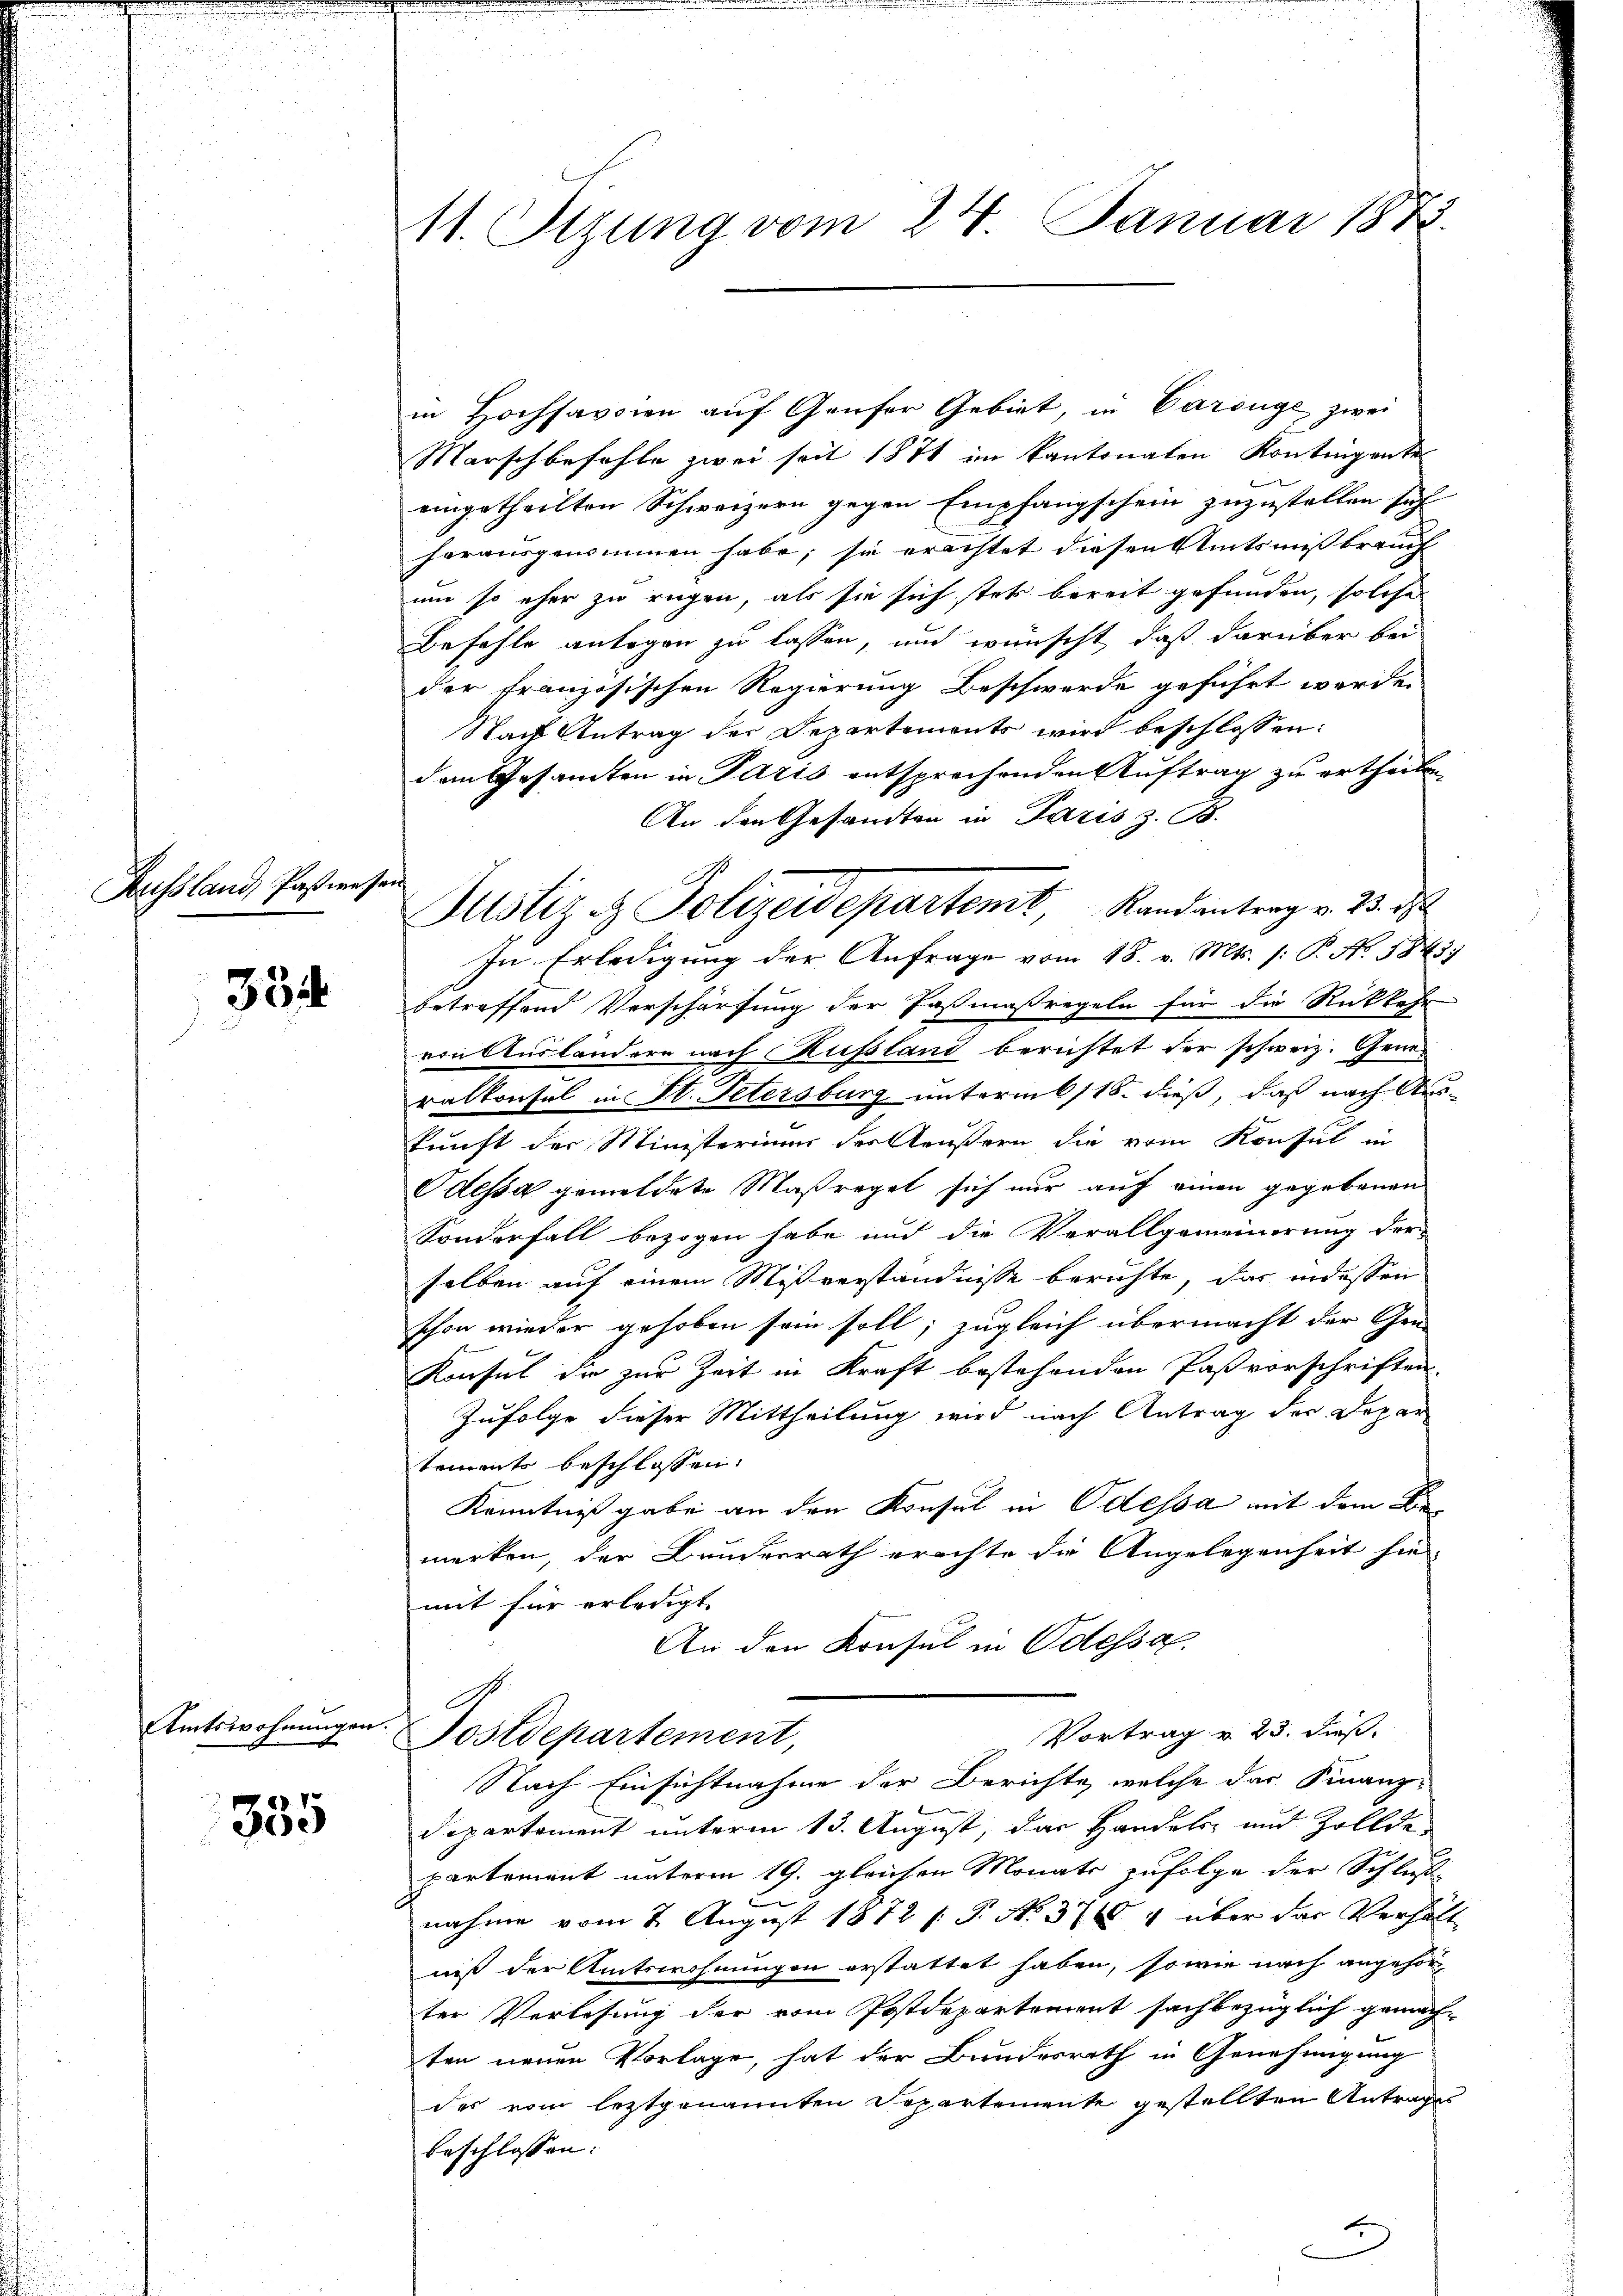
Aussland, Pasteresen

334

Amtswohnungen

335

11. Sezung vom 24. Januar 1873.

Justiz & Polizeidepartemt, Randantrag v. 23. d

in Hochsavoien auf Genfer Gebiet, in Carsüge zwei
Marschbefohle zwei seit 1871 im Kantonalen Kontingente
eingetheilten Schweizern gegen Empfangschein zuzustellen sich
herausgenommen habe; sie erachtet diesen Amtsmissbrauch
um so eher zu regen, als sie sich stets bereit gefunden, solche
Befehle anlagen zu lassen, und wünscht, daß darüber bei
der französischen Regierung Beschwerde geführt werden
Nach Antrag der Departements wird beschlossen:
dem Gesamten in Paris entsprechenden Auftrag zu ertheilen.
An den Gesandten in Paris z. B.
In Erledigung der Anfrage vom 18. v. Mts. (: P. No. 5845.
betreffend Verschärfung der Pasmaßregeln für die Rückkehr
von Ausländern nach Rußland berichtet der schweiz. Generalkonsul in St. Petersburg unterm 6/18. dieß, daß nach Auskunft der Ministerium der Aeustern die vom Konsul in
Odessa gemeldete Maßregel sich nur auf einen gegebenen
Sonderfall bezogen habe und die Verallgemeinerung der
selben auf einem Mißverständnisse berichte, das indessen
schon wieder gehoben sein soll; zugleich übermacht der Gen
Konsul die zur Zeit in Kraft bestehenden Paßvorschriften.
Zufolge dieser Mittheilung wird nach Antrag der Depar
temente beschlossen:
Kenntnißgabe an den Konsul in Odessa mit dem Bemerken, der Bundesrath erachte die Angelegenheit sie
mit für erledigt
An den Konsul in Odessa.
Vortrag u. 23. dieß.
Postdepartement
Nach Einsichtnahme der Berichte, welche das Finanz-
Departement unterm 13. August, das Handel und Zollde
partement unterm 19. gleichen Monats zufolge der Schluß-
nahme vom 2. August 1872 /: P. N. 374 über das Verhält
niß der Amtswohnungen erstattet haben, sowie nach angehörter Verlesung der vom Postdepartement sachbezüglich gemachten neuen Vorlage, hat der Bundesrath in Genehmigung
des vom leztgenannten Departemente gestellten Antrages
beschlossen: